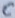
Text: C